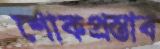
শোকপ্রস্তাব